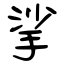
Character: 挲